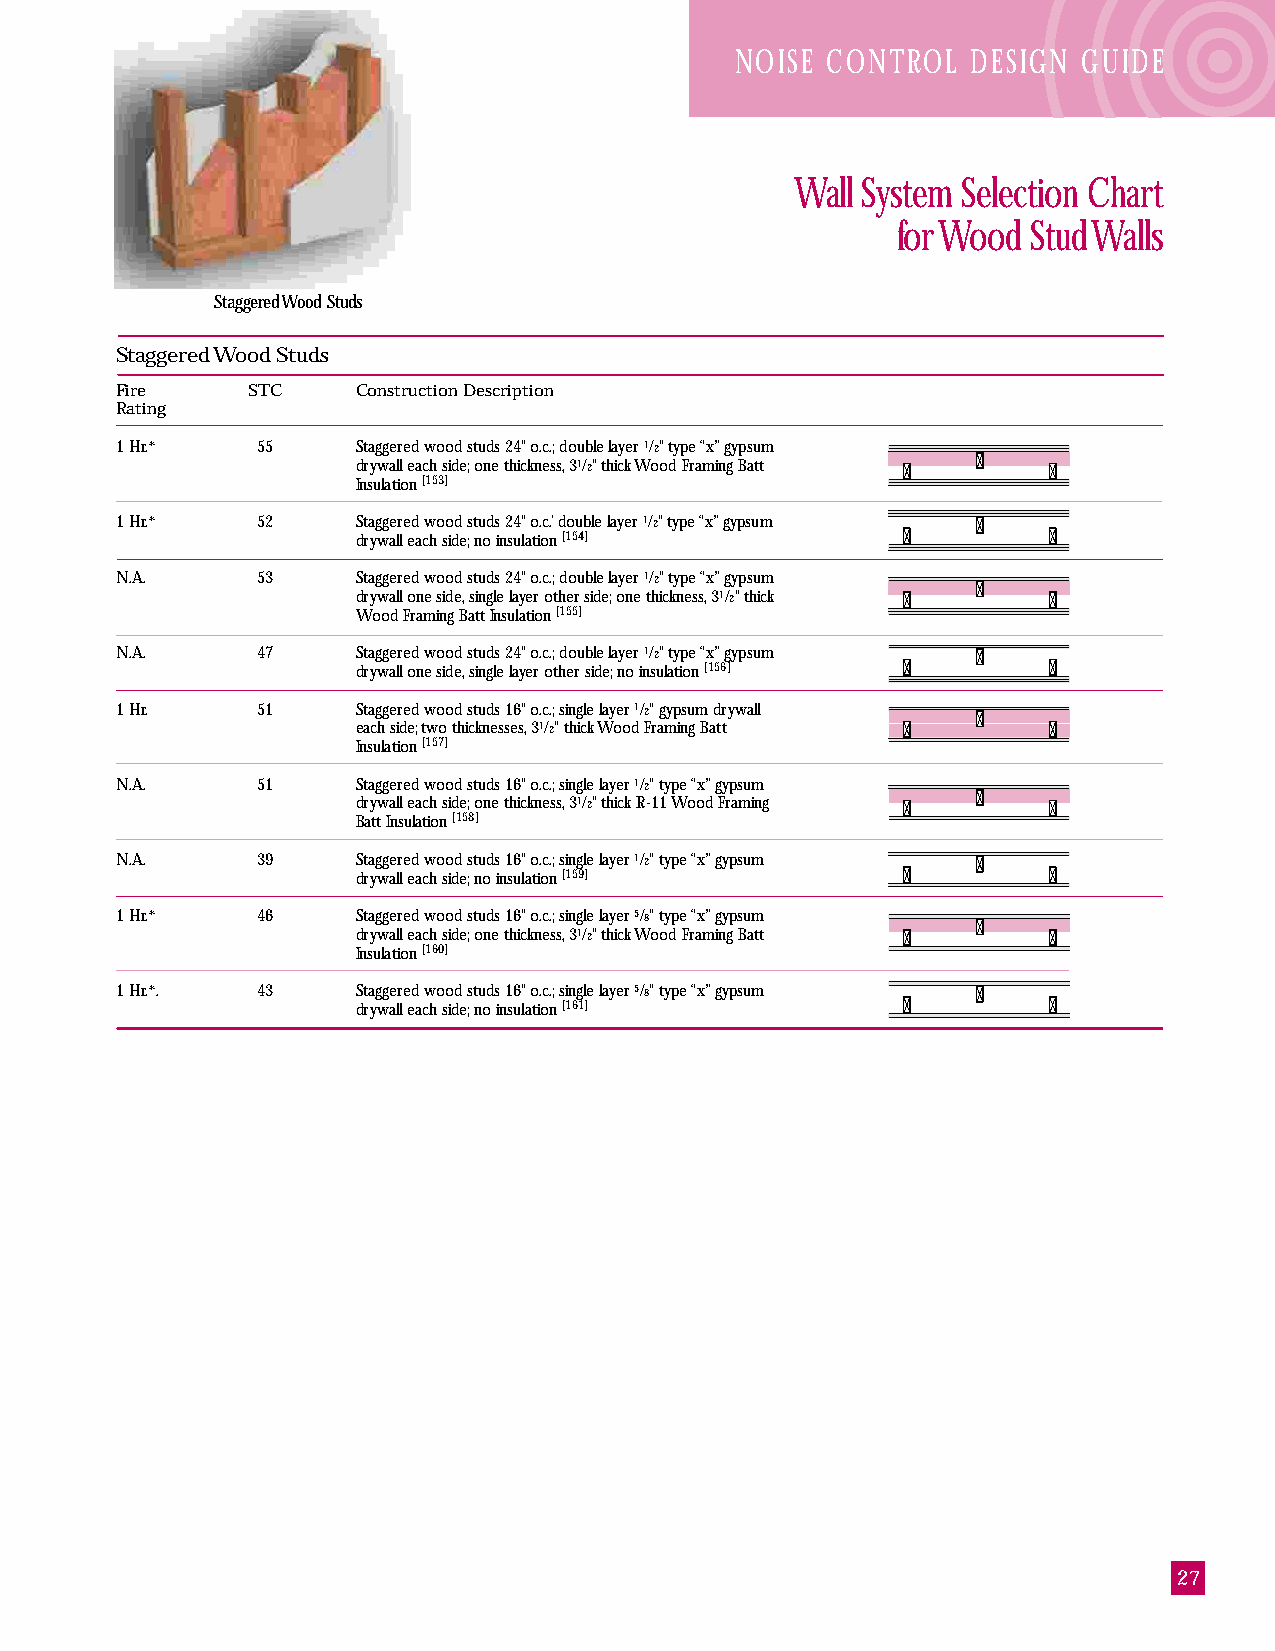
NOISE CONTROL  DESIGN  GUIDE
 Wall System Selection Chart
 for Wood Stud Walls
 Staggered Wood Studs
 Staggered Wood Studs
 Fire    STC     Construction Description
 Rating
 1 Hr.*   55     Staggered wood studs 24" o.c.; double layer 1/2" type “x” gypsum
 drywall each side; one thickness, 31/2" thick Wood Framing Batt
 Insulation [153]
 1 Hr.*   52     Staggered wood studs 24" o.c.’ double layer 1/2" type “x” gypsum
 drywall each side; no insulation [154]
 N.A.     53     Staggered wood studs 24" o.c.; double layer 1/2" type “x” gypsum
 drywall one side, single layer other side; one thickness, 31/2" thick
 Wood Framing Batt Insulation [155]
 N.A.     47     Staggered wood studs 24" o.c.; double layer 1/2" type “x” gypsum
 drywall one side, single layer other side; no insulation [156]
 1 Hr.    51     Staggered wood studs 16" o.c.; single layer 1/2" gypsum drywall
 each side; two thicknesses, 31/2" thick Wood Framing Batt
 Insulation [157]
 N.A.     51     Staggered wood studs 16" o.c.; single layer 1/2" type “x” gypsum
 drywall each side; one thickness, 31/2" thick R-11 Wood Framing
 Batt Insulation [158]
 N.A.     39     Staggered wood studs 16" o.c.; single layer 1/2" type “x” gypsum
 drywall each side; no insulation [159]
 1 Hr.*   46     Staggered wood studs 16" o.c.; single layer 5/8" type “x” gypsum
 drywall each side; one thickness, 31/2" thick Wood Framing Batt
 Insulation [160]
 1 Hr.*.  43     Staggered wood studs 16" o.c.; single layer 5/8" type “x” gypsum
 drywall each side; no insulation [161]
 27